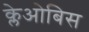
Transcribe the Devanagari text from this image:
क्लेओबिस